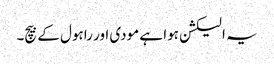
یہ الیکشن ہوا ہے مودی اور راہول کے بیچ۔